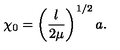
\chi _ { 0 } = \left( \frac { \l } { 2 \mu } \right) ^ { 1 / 2 } a .